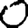
Digit: 0